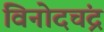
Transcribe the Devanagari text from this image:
विनोदचंद्र